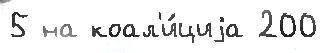
5 на коал'и́циjа 200